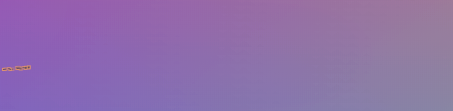
Under New Mgmt